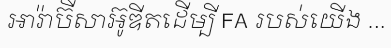
អារ៉ាប៊ីសាអ៊ូឌីតដើម្បី FA របស់យើង ...